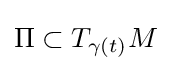
\Pi \subset T_{\gamma (t)}M